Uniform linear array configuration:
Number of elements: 4
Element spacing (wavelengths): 1
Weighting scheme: hann
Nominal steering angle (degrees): -15
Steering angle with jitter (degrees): -16.949
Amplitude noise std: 0.05
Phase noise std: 0.05

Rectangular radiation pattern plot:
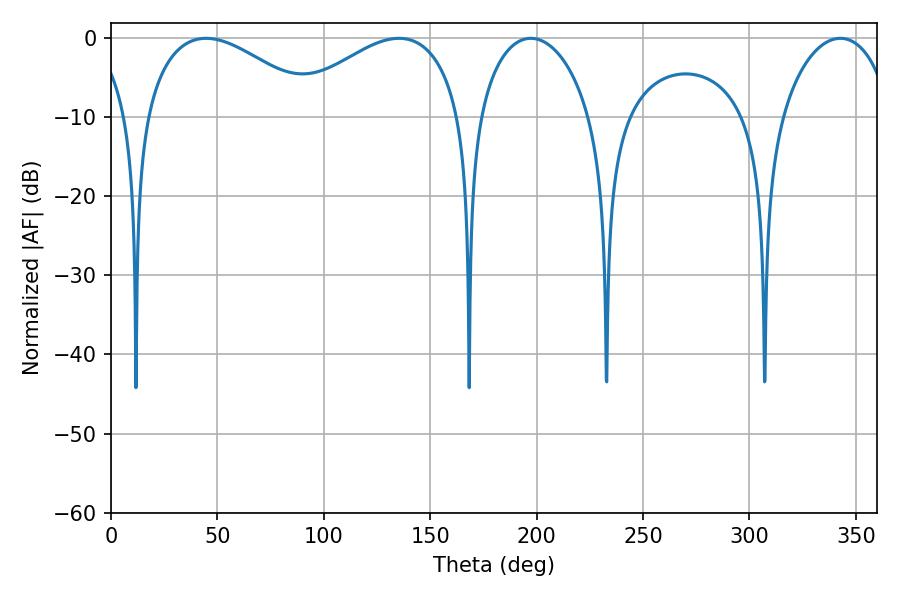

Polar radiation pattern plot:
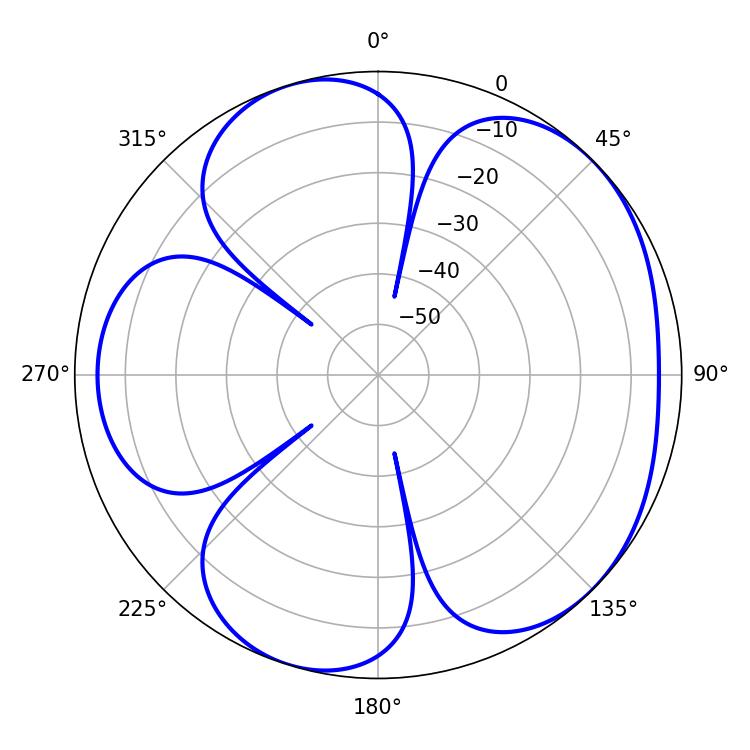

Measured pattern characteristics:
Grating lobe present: TRUE
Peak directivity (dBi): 4.959
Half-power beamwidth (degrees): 30.42
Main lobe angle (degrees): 197.28